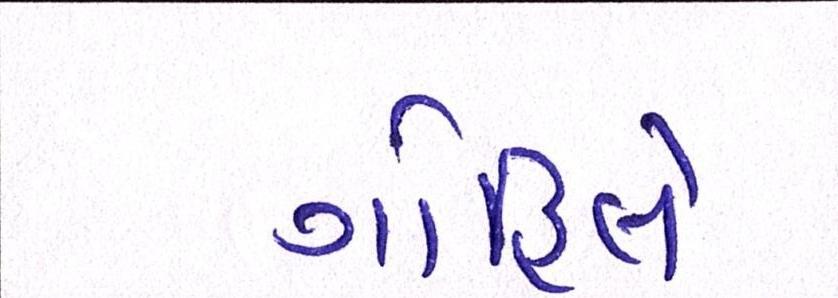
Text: ગોહિલે